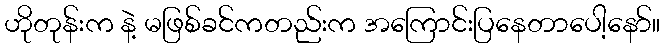
ဟိုတုန်းက နဲ့ မဖြစ်ခင်ကတည်းက အကြောင်းပြနေတာပေါ့နော်။